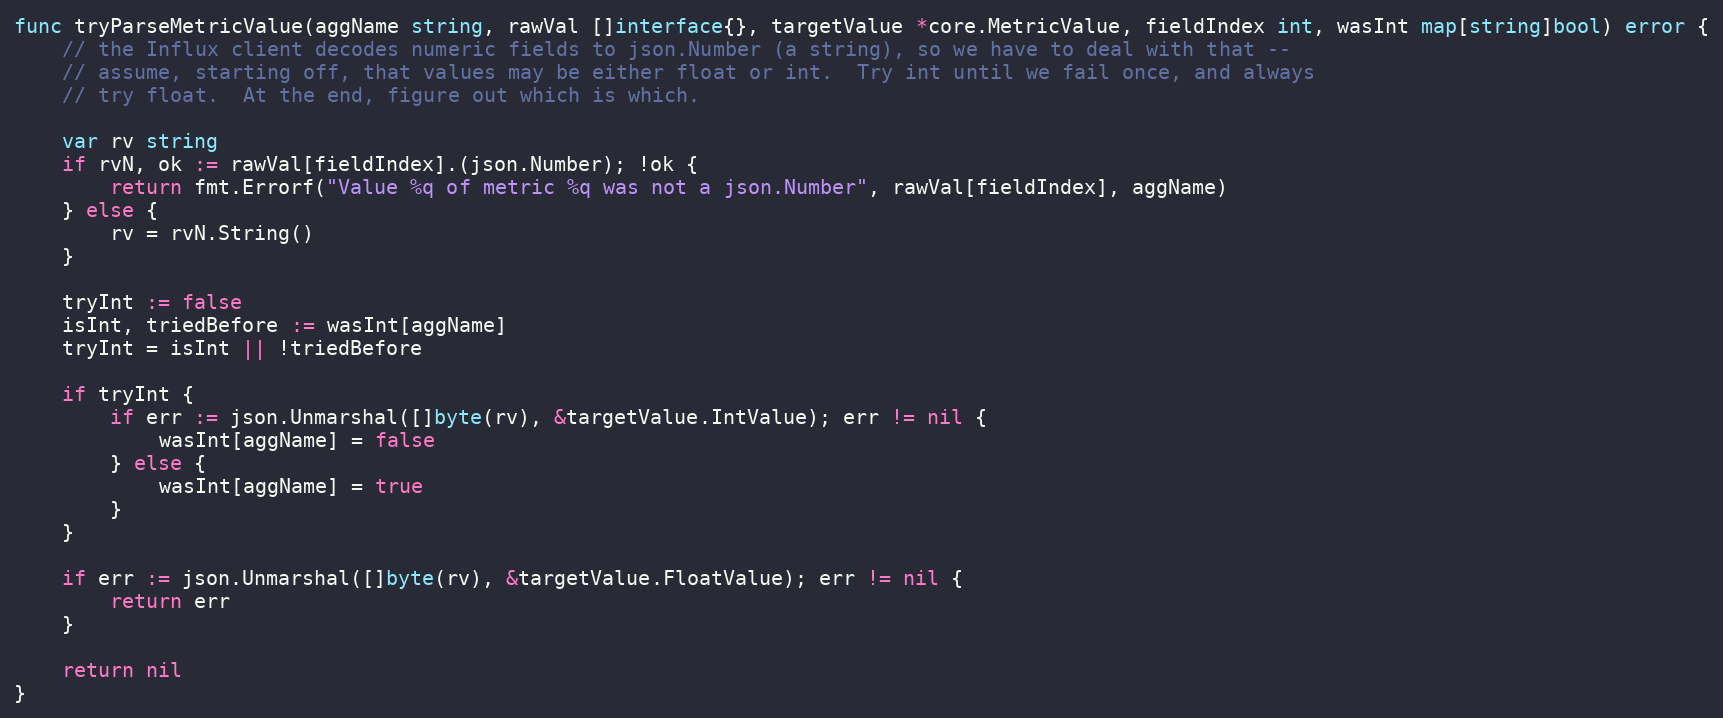
Language: Go
func tryParseMetricValue(aggName string, rawVal []interface{}, targetValue *core.MetricValue, fieldIndex int, wasInt map[string]bool) error {
	// the Influx client decodes numeric fields to json.Number (a string), so we have to deal with that --
	// assume, starting off, that values may be either float or int.  Try int until we fail once, and always
	// try float.  At the end, figure out which is which.

	var rv string
	if rvN, ok := rawVal[fieldIndex].(json.Number); !ok {
		return fmt.Errorf("Value %q of metric %q was not a json.Number", rawVal[fieldIndex], aggName)
	} else {
		rv = rvN.String()
	}

	tryInt := false
	isInt, triedBefore := wasInt[aggName]
	tryInt = isInt || !triedBefore

	if tryInt {
		if err := json.Unmarshal([]byte(rv), &targetValue.IntValue); err != nil {
			wasInt[aggName] = false
		} else {
			wasInt[aggName] = true
		}
	}

	if err := json.Unmarshal([]byte(rv), &targetValue.FloatValue); err != nil {
		return err
	}

	return nil
}